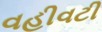
વહીવટી